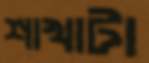
শাখাটা